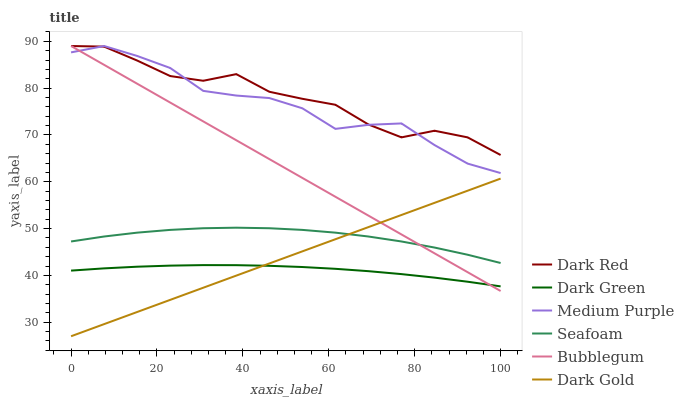
| xaxis_label | Dark Red | Dark Green | Medium Purple | Seafoam | Bubblegum | Dark Gold |
 | --- | --- | --- | --- | --- | --- | --- |
 | 0 | 89 | 41 | 87.6 | 47.2 | 89 | 27 |
 | 7.69 | 88.9 | 41.5 | 89 | 48.3 | 85 | 29.6 |
 | 15.4 | 85.9 | 41.9 | 86.9 | 49.1 | 80.9 | 32.2 |
 | 23.1 | 82.6 | 42.1 | 84.3 | 49.7 | 76.9 | 34.8 |
 | 30.8 | 81.6 | 42.2 | 79.4 | 50.1 | 72.9 | 37.4 |
 | 38.5 | 83 | 42.2 | 78.4 | 50.2 | 68.9 | 40 |
 | 46.2 | 79.2 | 42 | 77.9 | 50.1 | 64.8 | 42.5 |
 | 53.8 | 77.7 | 41.8 | 75.7 | 49.7 | 60.8 | 45.1 |
 | 61.5 | 76.4 | 41.4 | 71.3 | 49.1 | 56.8 | 47.7 |
 | 69.2 | 72.2 | 40.9 | 72.2 | 48.3 | 52.8 | 50.3 |
 | 76.9 | 69.5 | 40.3 | 72.5 | 47.2 | 48.7 | 52.9 |
 | 84.6 | 70.9 | 39.5 | 67.8 | 45.9 | 44.7 | 55.5 |
 | 92.3 | 69.5 | 38.7 | 63.9 | 44.4 | 40.7 | 58.1 |
 | 100 | 65.7 | 37.7 | 61.9 | 42.6 | 36.7 | 60.7 |